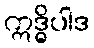
ဣဒ္ဓိပါဒ